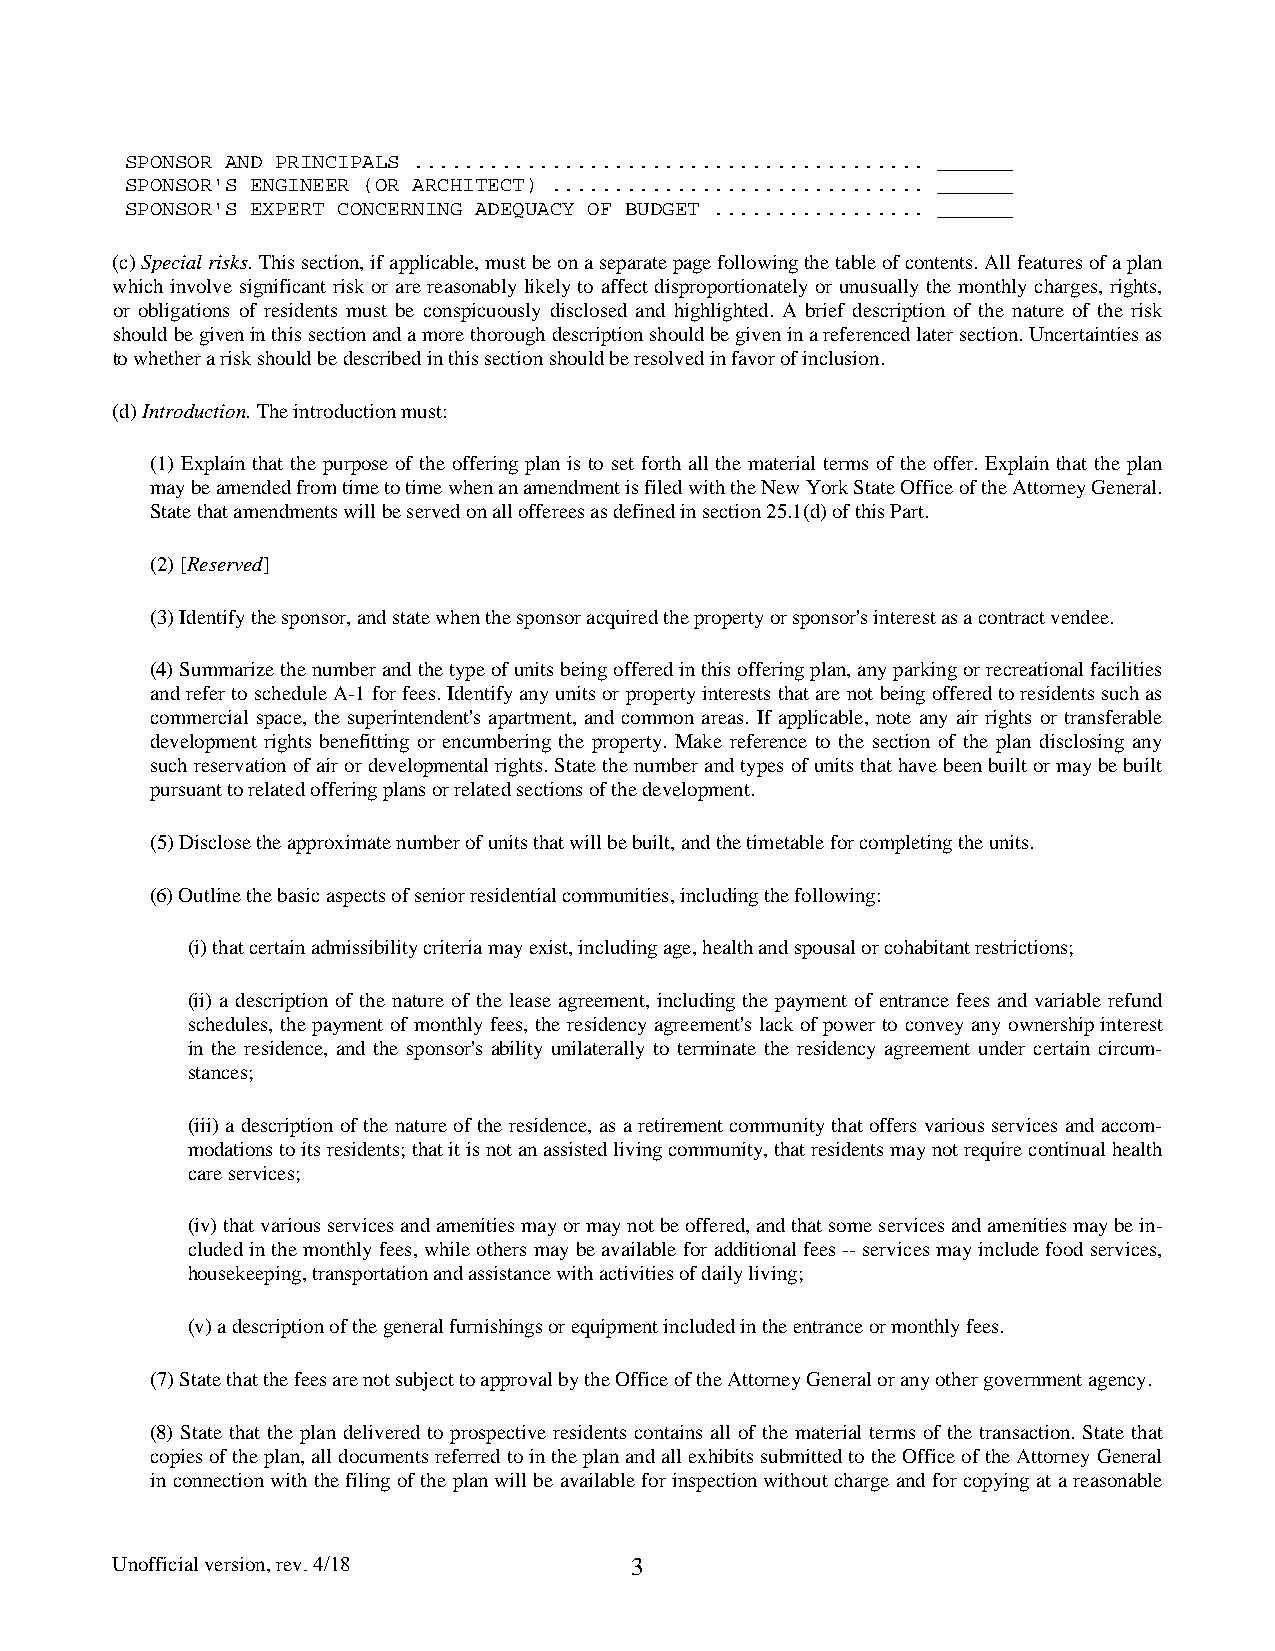
SPONSOR AND PRINCIPALS ......................................... ______
 SPONSOR'S ENGINEER (OR ARCHITECT) .............................. ______
 SPONSOR'S EXPERT CONCERNING ADEQUACY OF BUDGET ................. ______
 (c) Special risks. This section, if applicable, must be on a separate page following the table of contents. All features of a plan
 which involve significant risk or are reasonably likely to affect disproportionately or unusually the monthly charges, rights,
 or obligations of residents must be conspicuously disclosed and highlighted. A brief description of the nature of the risk
 should be given in this section and a more thorough description should be given in a referenced later section. Uncertainties as
 to whether a risk should be described in this section should be resolved in favor of inclusion.
 (d) Introduction. The introduction must:
 (1) Explain that the purpose of the offering plan is to set forth all the material terms of the offer. Explain that the plan
 may be amended from time to time when an amendment is filed with the New York State Office of the Attorney General.
 State that amendments will be served on all offerees as defined in section 25.1(d) of this Part.
 (2) [Reserved]
 (3) Identify the sponsor, and state when the sponsor acquired the property or sponsor's interest as a contract vendee.
 (4) Summarize the number and the type of units being offered in this offering plan, any parking or recreational facilities
 and refer to schedule A-1 for fees. Identify any units or property interests that are not being offered to residents such as
 commercial space, the superintendent's apartment, and common areas. If applicable, note any air rights or transferable
 development rights benefitting or encumbering the property. Make reference to the section of the plan disclosing any
 such reservation of air or developmental rights. State the number and types of units that have been built or may be built
 pursuant to related offering plans or related sections of the development.
 (5) Disclose the approximate number of units that will be built, and the timetable for completing the units.
 (6) Outline the basic aspects of senior residential communities, including the following:
 (i) that certain admissibility criteria may exist, including age, health and spousal or cohabitant restrictions;
 (ii) a description of the nature of the lease agreement, including the payment of entrance fees and variable refund
 schedules, the payment of monthly fees, the residency agreement's lack of power to convey any ownership interest
 in the residence, and the sponsor's ability unilaterally to terminate the residency agreement under certain circum-
 stances;
 (iii) a description of the nature of the residence, as a retirement community that offers various services and accom-
 modations to its residents; that it is not an assisted living community, that residents may not require continual health
 care services;
 (iv) that various services and amenities may or may not be offered, and that some services and amenities may be in-
 cluded in the monthly fees, while others may be available for additional fees -- services may include food services,
 housekeeping, transportation and assistance with activities of daily living;
 (v) a description of the general furnishings or equipment included in the entrance or monthly fees.
 (7) State that the fees are not subject to approval by the Office of the Attorney General or any other government agency.
 (8) State that the plan delivered to prospective residents contains all of the material terms of the transaction. State that
 copies of the plan, all documents referred to in the plan and all exhibits submitted to the Office of the Attorney General
 in connection with the filing of the plan will be available for inspection without charge and for copying at a reasonable
 Unofficial version, rev. 4/18      3